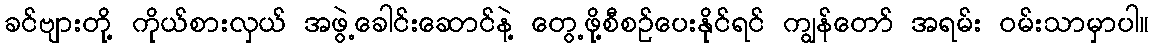
ခင်ဗျားတို့ ကိုယ်စားလှယ် အဖွဲ့ခေါင်းဆောင်နဲ့ တွေ့ဖို့စီစဉ်ပေးနိုင်ရင် ကျွန်တော် အရမ်း ဝမ်းသာမှာပါ။